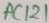
Text: AC121